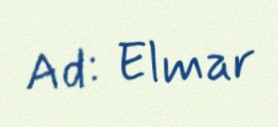
Ad: Elmar